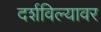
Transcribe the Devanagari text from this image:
दर्शविल्यावर